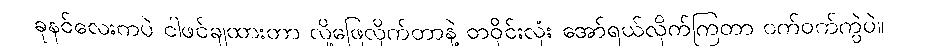
ခုနင်လေးကပဲ ငါဖင်ချထားတာ လို့ဖြေလိုက်တာနဲ့ တဝိုင်းလုံး အော်ရယ်လိုက်ကြတာ ဝက်ဝက်ကွဲပဲ။